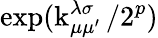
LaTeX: \exp(\operatorname{k}_{\mu\mu^{\prime}}^{\lambda\sigma}/2^{p})